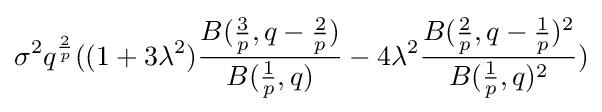
\sigma ^{2}q^{\frac {2}{p}}((1+3\lambda ^{2}){\frac {B({\frac {3}{p}},q-{\frac {2}{p}})}{B({\frac {1}{p}},q)}}-4\lambda ^{2}{\frac {B({\frac {2}{p}},q-{\frac {1}{p}})^{2}}{B({\frac {1}{p}},q)^{2}}})